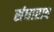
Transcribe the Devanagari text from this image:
संघाराव